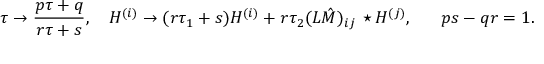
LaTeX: \tau \to { \frac { p \tau + q } { r \tau + s } } , \ \ \ H ^ { ( i ) } \to ( r \tau _ { 1 } + s ) H ^ { ( i ) } + r \tau _ { 2 } ( { \cal L } \hat { \cal M } ) _ { i j } \, \star H ^ { ( j ) } , \ \ \ \ \ p s - q r = 1 .